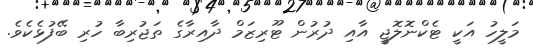
މަލީހު އަކީ ޓެކްނޮލޮޖީ އާއި ދުރުން ޓޫރިޒަމް ދާއިރާގެ ތަޖުރިބާ ހުރި ބޭފުޅެކެވެ.